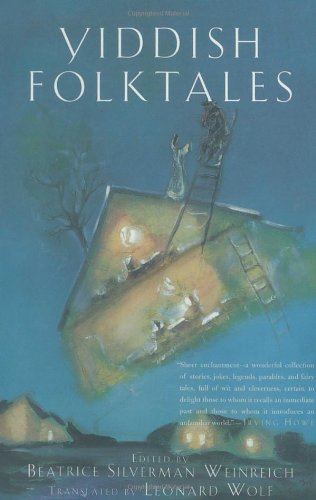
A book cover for Yiddish Folktales (The Pantheon Fairy Tale and Folklore Library); Beatrice Weinreich; Literature & Fiction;